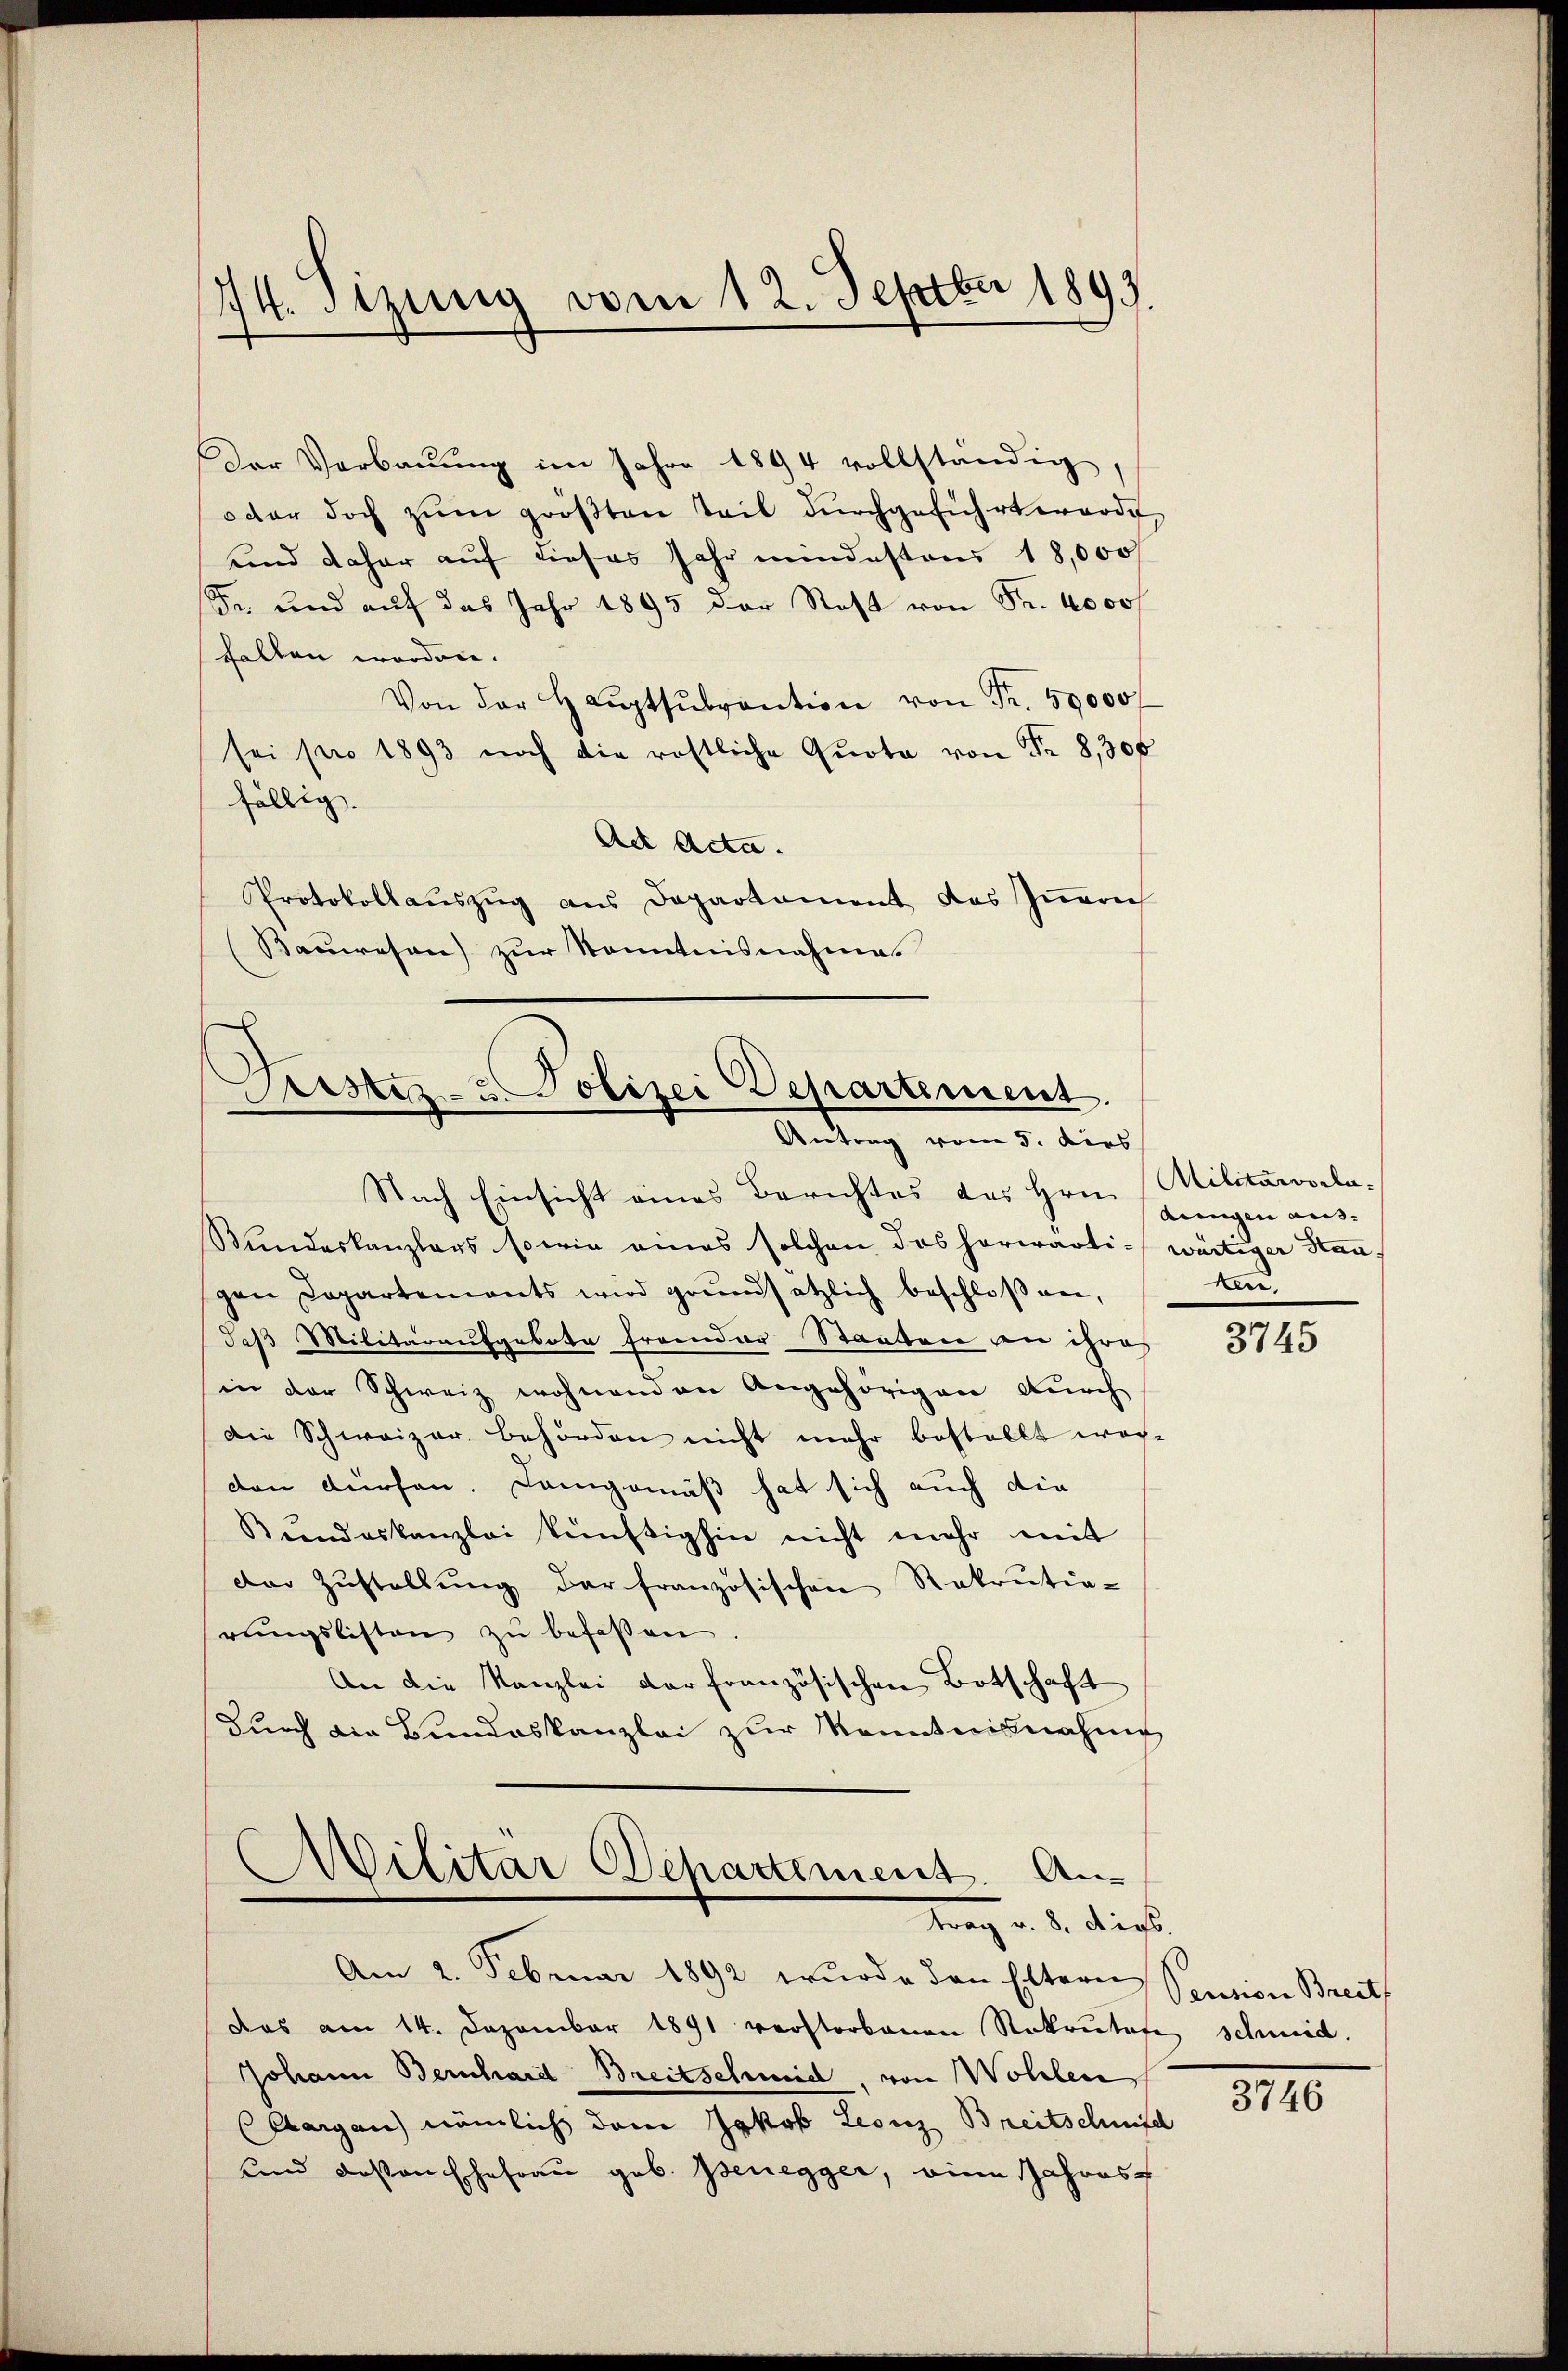
74. Stzung vom 12. Septbr 1893.

Der Verbauung im Jahre 1894 vollständig,
oder doch zŭm gröβten Teil dŭrchgeführt worde,
und daher auf dieses Jahr mindestens 18,000
Fr. und auf das Jahr 1895 der Rest von Fr. 4000
fallen worden.
Von der Haŭptsŭbvention von Fr. 50000 f
sei pro 1893 noch die rostliche Quote von Fr. 8,300
fällig.
Act Acta.
Protokollauszug aus Departament des Iṅerich
(Bauwesen) zur Kenntnisnahme.

x
Dustiz- & Polizei Departement.
Antrag vom 5. dies

Nach Einsicht eines Berichtes des Hrn.
Bŭndeskanzlags sowie eines solchen das herwärti-wärtiger Stanpen Capartements wird grundsätzlich beschloß an,
daß Militäraufgebote fremder Staaten an ihres
in der Schweiz wohnenden Angehörigen durch
Die Schweizer behörden nicht mehr bestellt worden dürfen. Langemäß hat sich auch die
Bŭndeskanzlei künftighin nicht mehr mit
der Zustellung der französischen Rekrutia-
rŭngslisten zŭ befassen.
An die Kanzlei der französischen Botschaft
Durch die Bundeskanzlei zur Kenntnisnahme
Militar Departement. Antrag d. d. dies
Am 2. Februar 1892 wurde den Eltern Sention Breits
das am 14. Dezember 1891 verstorbenen Rekrutige Schmid.
Johann Bernhard Breitschmid, von Wohlen
Aargau) nämlich dem Jakob Leonz Breitschnisc
und dassen Ehefrau geb. Benegger, eine Jahres

Militärvorladungen ausken.

3745

3140